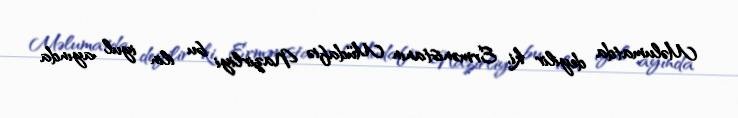
Məlumatda deyilir ki, Ermənistanın Müdafiə Nazirliyi bu ilin iyul ayında